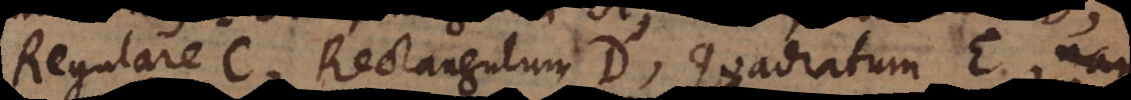
Regulare C, Rectangulum D, Quadratum E,